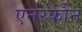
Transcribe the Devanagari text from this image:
एनरकौन